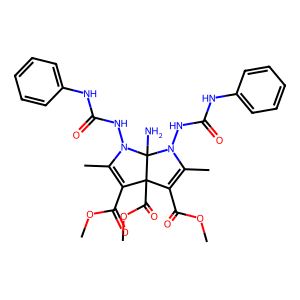
SMILES: COC(=O)C1=C(C)N(NC(=O)Nc2ccccc2)C2(N)N(NC(=O)Nc3ccccc3)C(C)=C(C(=O)OC)C12C(=O)OC
Inhibits HIV replication: No